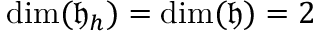
\dim ( \mathfrak { h } _ { h } ) = \dim ( \mathfrak { h } ) = 2